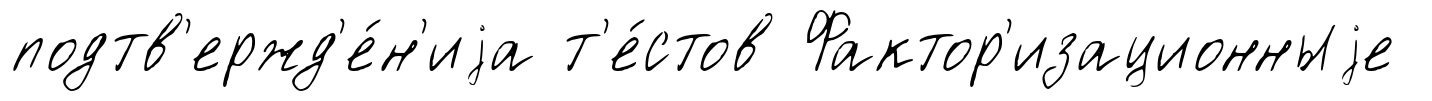
подтв'ержд'е́н'иjа т'е́стов Фактор'изационныjе